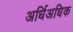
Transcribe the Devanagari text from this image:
अर्धिअधिक